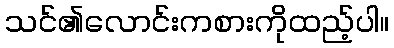
သင်၏လောင်းကစားကိုထည့်ပါ။